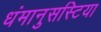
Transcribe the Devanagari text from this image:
धंमानुसस्टिया